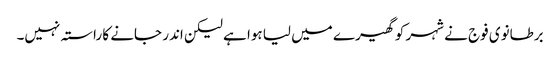
برطانوی فوج نے شہر کو گھیرے میں لیا ہوا ہے لیکن اندر جانے کا راستہ نہیں۔